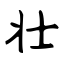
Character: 壮